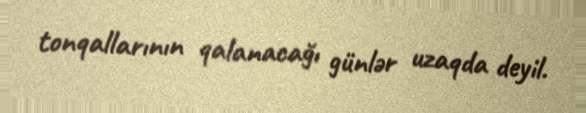
tonqallarının qalanacağı günlər uzaqda deyil.